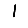
Digit: 1